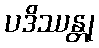
ပဒိဿန္တု